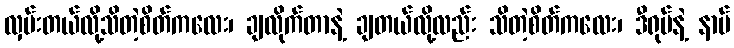
လှမ်းတယ်လို့သိတဲ့စိတ်ကလေး၊ ချလိုက်တာနဲ့ ချတယ်လို့လည်း သိတဲ့စိတ်ကလေး၊ ဒီရုပ်နဲ့ နာမ်